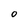
Character: O